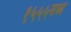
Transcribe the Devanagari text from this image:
१५५५मध्ये